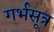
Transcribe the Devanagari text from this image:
गर्भसूत्र